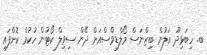
ބ. ހިބަޅިދޫ އަލުން ބިޒްނަސް މޯލްޑިވްސްއަށް ދޭން ސިވިލް ކޯޓުން ހުކުމް ކޮށްފައި